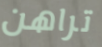
تراهن